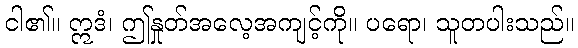
ငါ၏။ ဣဒံ၊ ဤနှုတ်အလေ့အကျင့်ကို။ ပရော၊ သူတပါးသည်။